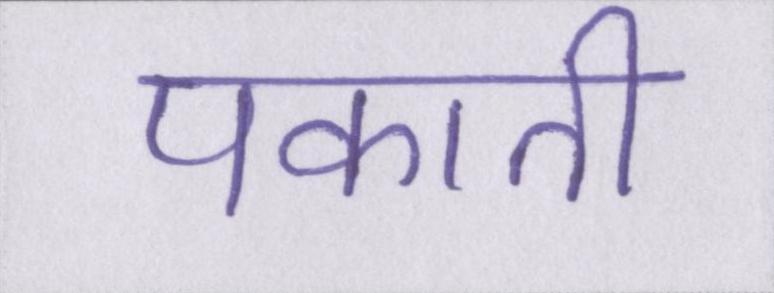
पकाती